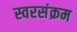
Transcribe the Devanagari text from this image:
स्वरसंक्रम